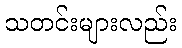
သတင်းများလည်း